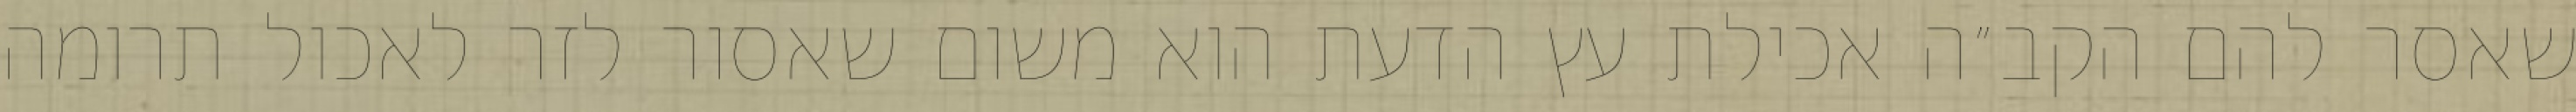
שאסר להם הקב״ה אכילת עץ הדעת הוא משום שאסור לזר לאכול תרומה